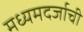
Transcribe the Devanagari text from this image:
मध्यमदर्जाची